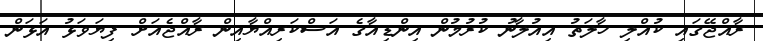
ރާއްޖޭގައި ކުއްލި ހާލަތު އިއުލާނު ކުރުމުން އިންޑިއާގެ އަސްކަރިއްޔާއިން ރާއްޖެއަށް ފިޔަވަޅު އަޅަން